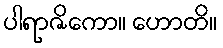
ပါရာဇိကော။ ဟောတိ။